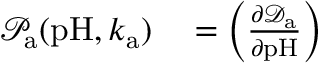
\begin{array} { r l } { \mathcal { P } _ { \mathrm { a } } ( \mathrm { p H } , k _ { \mathrm { a } } ) } & { { } = \left( \frac { \partial \mathcal { D } _ { \mathrm { a } } } { \partial \mathrm { p H } } \right) } \end{array}